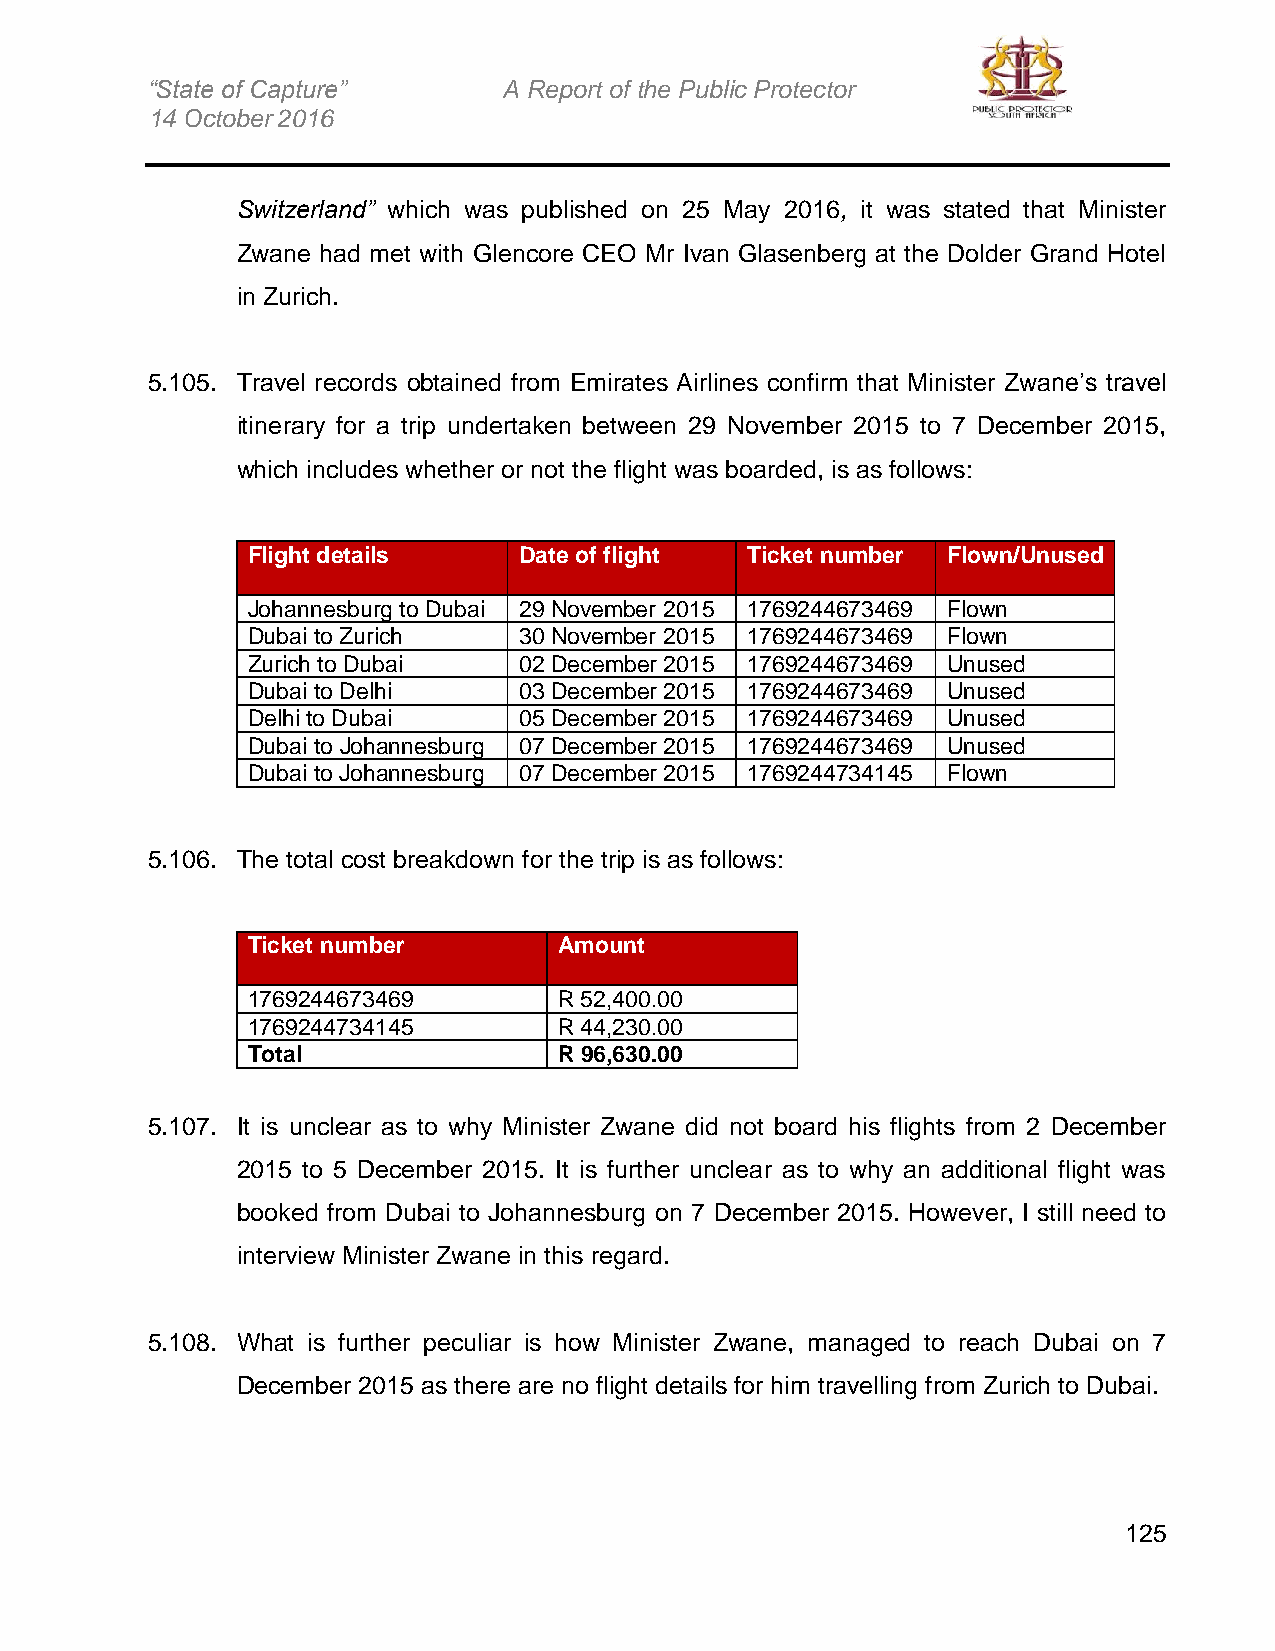
“State of Capture”     A Report of the Public Protector
 14 October 2016
 Switzerland” which was published on 25 May 2016, it was stated that Minister
 Zwane had met with Glencore CEO Mr Ivan Glasenberg at the Dolder Grand Hotel
 in Zurich.
 5.105. Travel records obtained from Emirates Airlines confirm that Minister Zwane’s travel
 itinerary for a trip undertaken between 29 November 2015 to 7 December 2015,
 which includes whether or not the flight was boarded, is as follows:
 Flight details    Date of flight Ticket number Flown/Unused
 Johannesburg to Dubai 29 November 2015 1769244673469 Flown
 Dubai to Zurich   30 November 2015 1769244673469 Flown
 Zurich to Dubai   02 December 2015 1769244673469 Unused
 Dubai to Delhi    03 December 2015 1769244673469 Unused
 Delhi to Dubai    05 December 2015 1769244673469 Unused
 Dubai to Johannesburg 07 December 2015 1769244673469 Unused
 Dubai to Johannesburg 07 December 2015 1769244734145 Flown
 5.106. The total cost breakdown for the trip is as follows:
 Ticket number        Amount
 1769244673469        R 52,400.00
 1769244734145        R 44,230.00
 Total                R 96,630.00
 5.107. It is unclear as to why Minister Zwane did not board his flights from 2 December
 2015 to 5 December 2015. It is further unclear as to why an additional flight was
 booked from Dubai to Johannesburg on 7 December 2015. However, I still need to
 interview Minister Zwane in this regard.
 5.108. What is further peculiar is how Minister Zwane, managed to reach Dubai on 7
 December 2015 as there are no flight details for him travelling from Zurich to Dubai.
 125